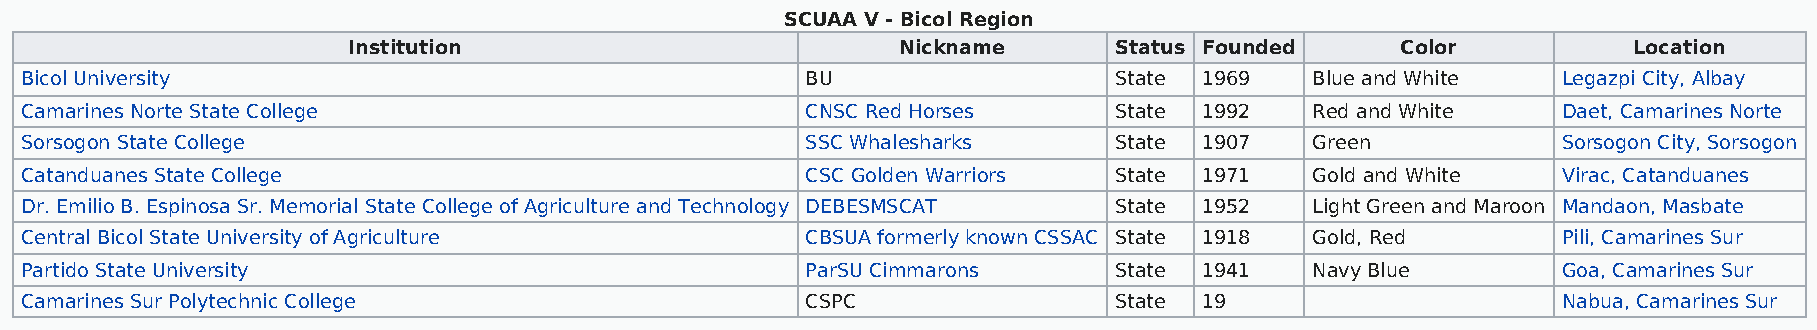
SCUAA V - Bicol Region
 Institution                         Nickname       Status Founded     Color          Location
 Bicol University                                    BU                   State 1969   Blue and White  Legazpi City, Albay
 Camarines Norte State College                       CNSC Red Horses      State 1992   Red and White   Daet, Camarines Norte
 Sorsogon State College                              SSC Whalesharks      State 1907   Green           Sorsogon City, Sorsogon
 Catanduanes State College                           CSC Golden Warriors  State 1971   Gold and White  Virac, Catanduanes
 Dr. Emilio B. Espinosa Sr. Memorial State College of Agriculture and Technology DEBESMSCAT State 1952 Light Green and Maroon Mandaon, Masbate
 Central Bicol State University of Agriculture       CBSUA formerly known CSSAC State 1918 Gold, Red   Pili, Camarines Sur
 Partido State University                            ParSU Cimmarons      State 1941   Navy Blue       Goa, Camarines Sur
 Camarines Sur Polytechnic College                   CSPC                 State 19                     Nabua, Camarines Sur